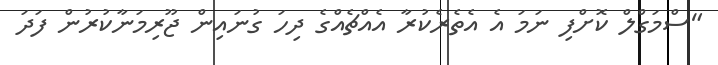
"ސްމަގްލް ކޮށްފި ނަމަ އެ އެތެރެކުރާ އެއްޗެއްގެ ދިހަ ގުނައިން ޖޫރިމަނާކުރުން ފަދަ